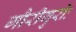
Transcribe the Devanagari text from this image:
गौरीगुरोः